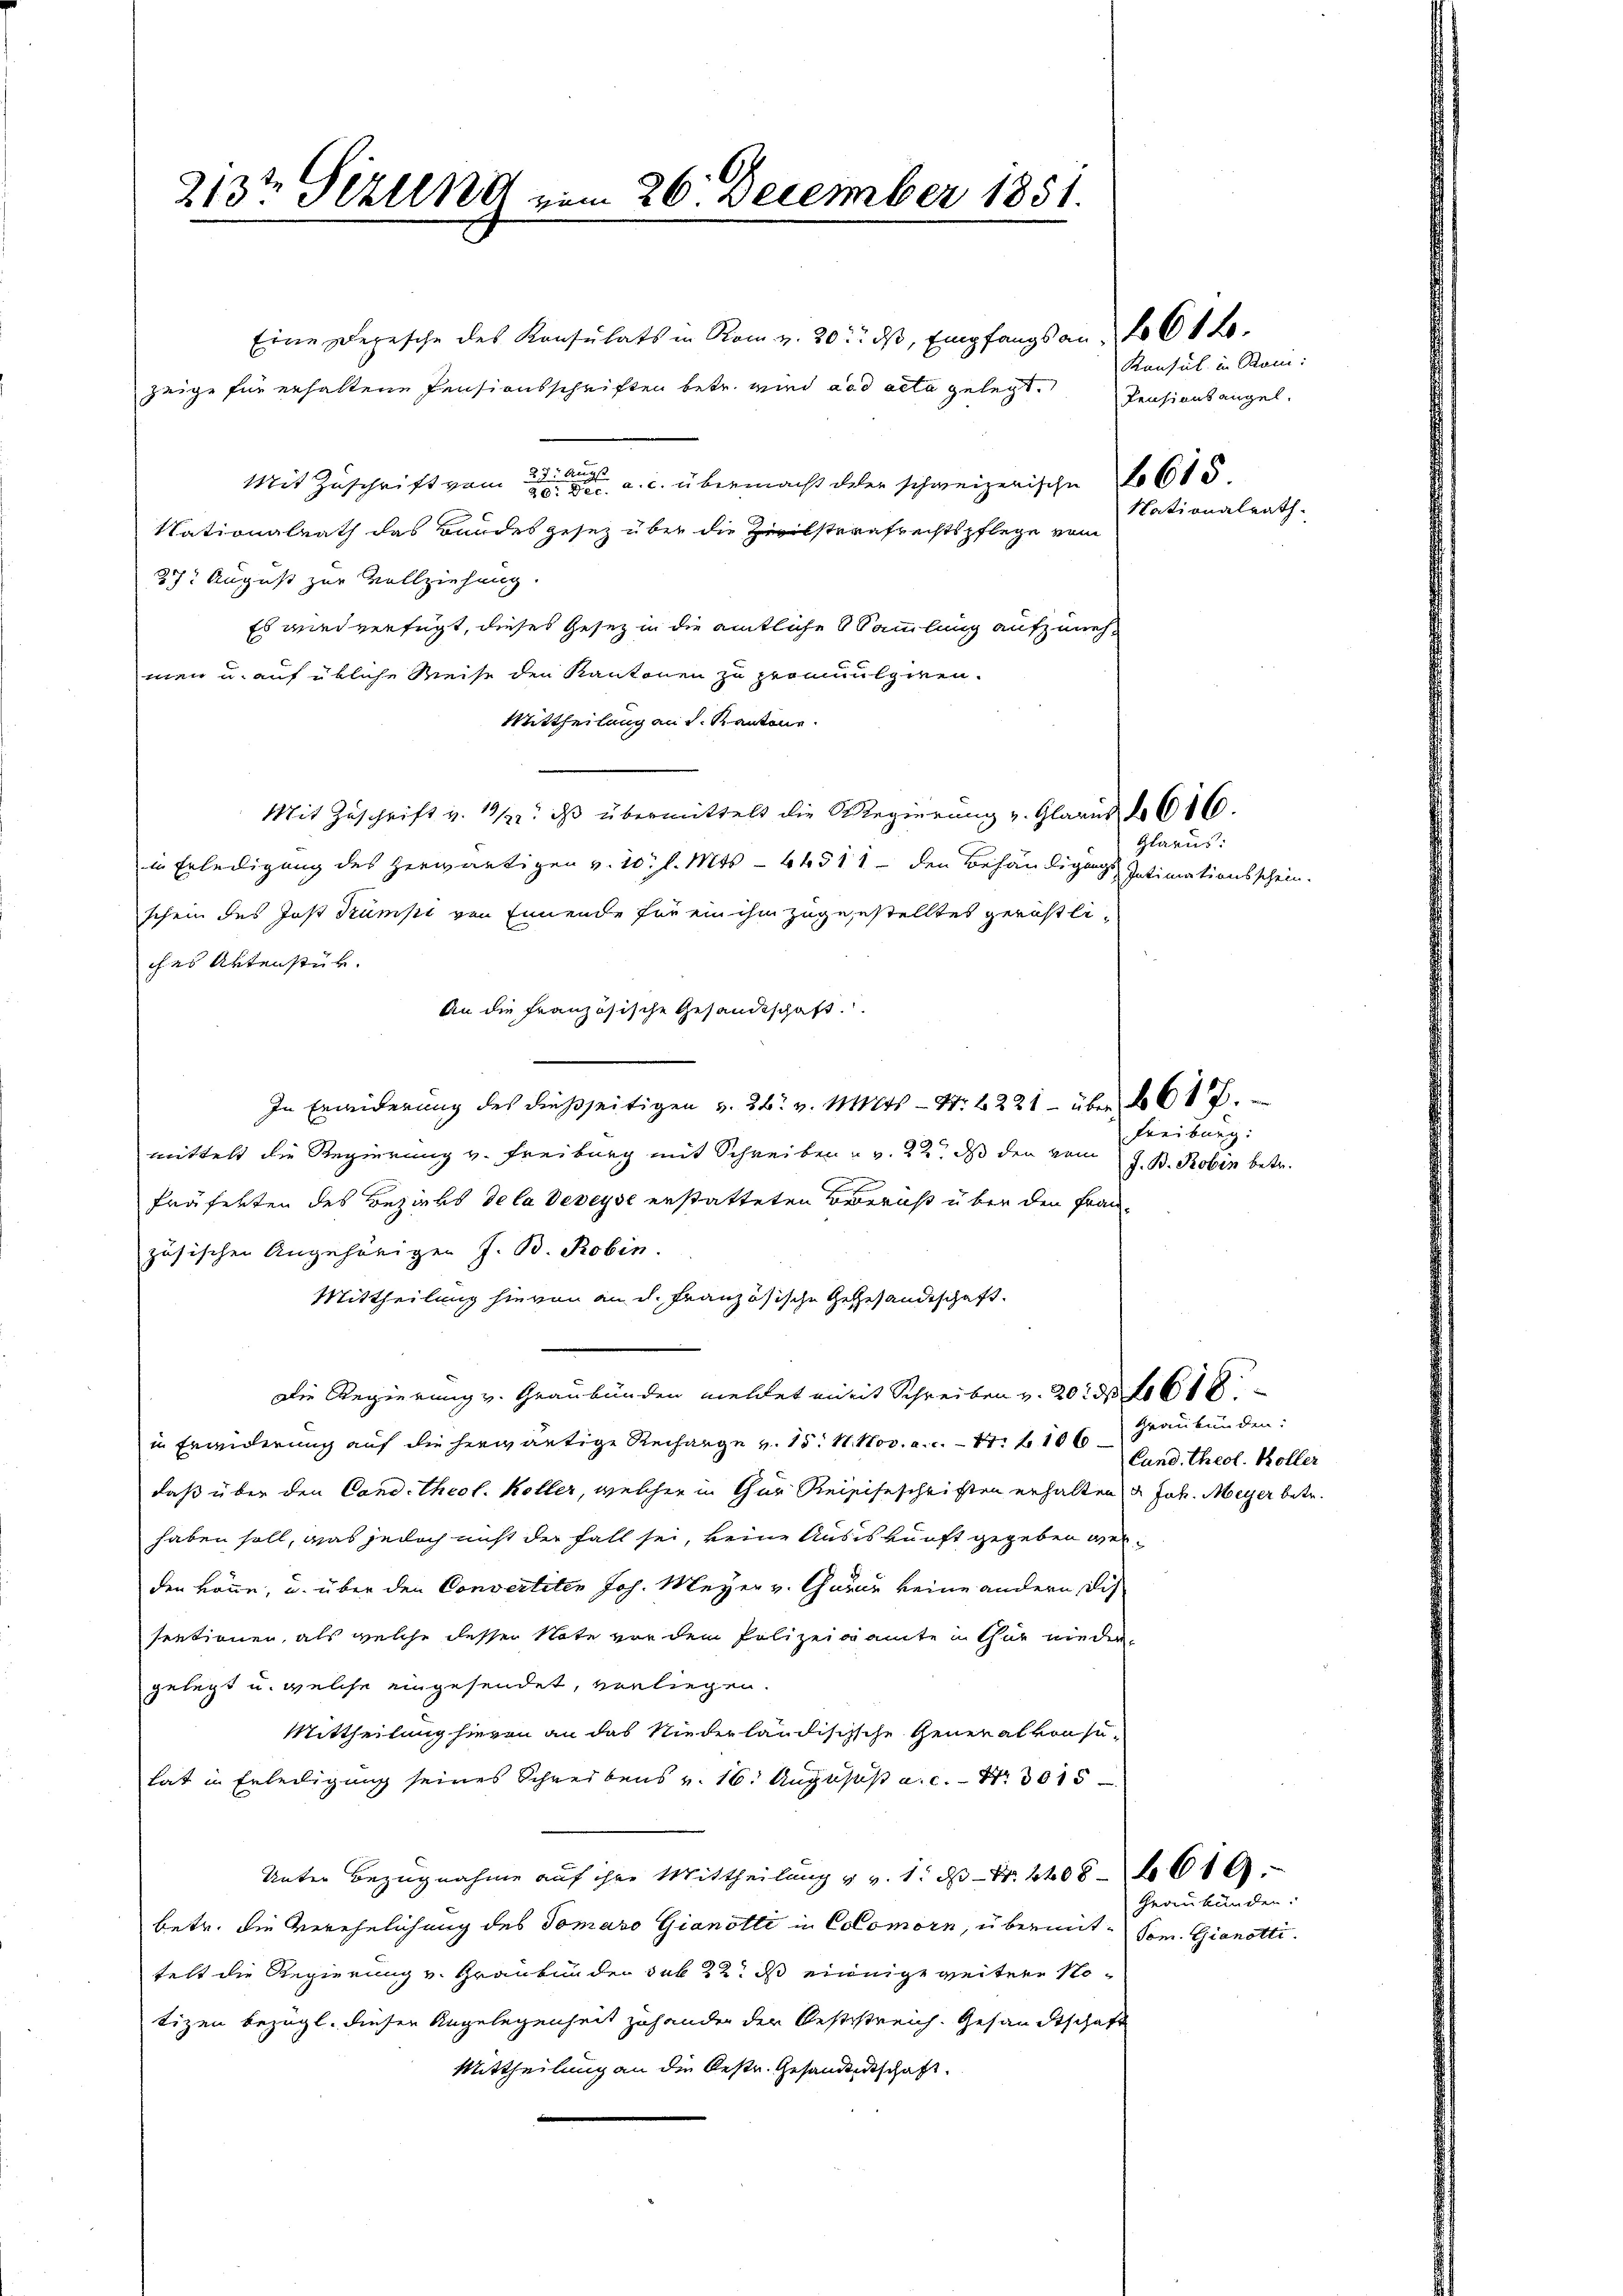
213te Sizung vom 26. December 1851.

Eine Depesche des Konsulats in Rom v. 20. dβ, Empfangs an: No 61 f.
zeige für erhaltene Pensionsschriften betr. wird ad acta gelegt. Pensionsangel.
Mit Zuschrift vom 23. Augs
20. v. a. c. übermacht daher schweizerische No 615
Nationalrath das Bundesgesez über die Zivilstrafrechtspflege vom
37. August zur Vollziehung
Es wird verfügt, dieses Gesetz in die amtliche Sammlung aufzunehmen u. auf übliche Reise den Kantonen zu promulgiren.
Mittheilung an d. Kantone.
Mit Zŭschrift v. 1312. dβ übermittelt die Regierŭng u. Glarus § 616.
in Erledigung des herwärtigen v. 10. l. Mts. - 44511 - den Behändigungs Intimationsschein.
schein des Jost Trumpi von Einende für ein ihm zugesestelltes gerichtliches Artenstür.
An die französische Gesandtschaft.
In Erwiderung des dießseitigen v. 26. v. Mts - Nr. 2221 - über 1617.
mittelt die Regierung v. Freiburg mit Schreiben u. v. 22, das den vom
fräfekten des Bezirks de la Veveyse erstatteten Bernst über den Französischen Angehörigen J. B. Robin.
Mittheilung hievon an d. Französische Gegehandeschaft.
Die Regierung v. Graubünden meldet mit Schreiben v. 2061
in Erwiderung auf die herwärtige Rechange v. 15. 4. Nov. a. c. 11 f 100 Land theol. Koller
daß über den Cand. theol. Koller, welcher in Chur Reisiseschriften erhalten u. Joh. Meyer betr.
haben soll, was jedoch nicht der Fall sei, keine Ausiskunft gegeben werden könne, u. über den Convertiten Joh. Meyer v. Garan keine andern dis
sentionen, als welche desser Note vor dem Polizeiamte in thur nieder
gelegt u. welche eingesendet, vorliegen.
Mittheilung hierin an das Niederländischsche General von suhat in Erledigung seines Schreibens v. 16. Augusast a.c. Nr. 3015
Unter Bezugnahme auf ihre Mittheilung u. v. 1. ds Nr. 1408. 610.
betr. die Verehelichung des Tomano Gianotti in Colomorn, übermit¬ Som. Gianottifelt die Regierung v. Graubünden sub 22. ds einnige weitere Notizen bezügl. diesen Angelegenheit zuhander der Reststreich. Gesandtschaft
Mittheilung an die Oestr. Gesandentschaft

Konsul in Rani:
Nationalrath.

Glarus:

Freiburg:
J. B. Robin betr.

Graubünden:

Graubünden.